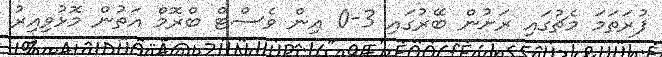
ފުރަތަމަ މެޗުގައި ރަށުން ބޭރުގައި 3-0 އިން ވެސްޓް ބްރޮމް އަތުން މޮޅުވިއިރު